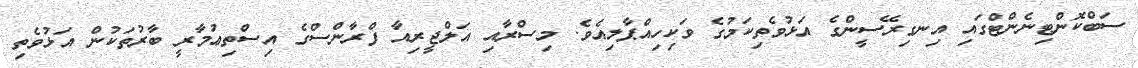
ސަބްކޮންޓިނެންޓްގައި އިނގިރޭސީންގެ އަޅުވެތިކަމުގެ ވަކިހިއްޕާލިއެވެ. މިސްރާއި އަލްޖީރިއާ ފްރާންސްގެ އިސްތިޢުމާރީ ބާރުތަކުން އަޅުވެތި